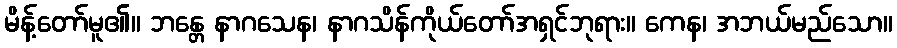
မိန့်တော်မူ၏။ ဘန္တေ နာဂသေန၊ နာဂသိန်ကိုယ်တော်အရှင်ဘုရား။ ကေန၊ အဘယ်မည်သော။